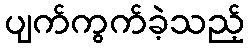
ပျက်ကွက်ခဲ့သည့်